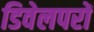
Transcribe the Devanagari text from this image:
डिवेलपरों